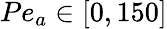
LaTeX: Pe_{a}\in[0,150]